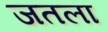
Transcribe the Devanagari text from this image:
जतला